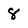
Character: 8